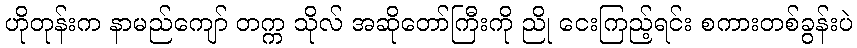
ဟိုတုန်းက နာမည်ကျော် တက္က သိုလ် အဆိုတော်ကြီးကို ညို ငေးကြည့်ရင်း စကားတစ်ခွန်းပဲ